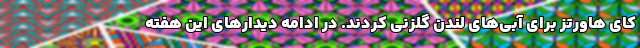
کای هاورتز برای آبی‌های لندن گلزنی کردند. در ادامه دیدار‌های این هفته